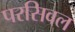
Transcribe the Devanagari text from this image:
परसिवल